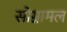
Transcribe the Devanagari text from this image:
सोग्नामल